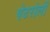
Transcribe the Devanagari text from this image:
पेटरोली